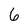
Character: 6